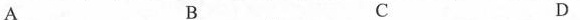
A B C D